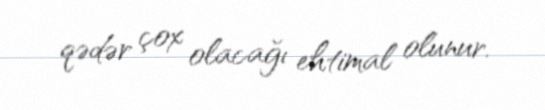
qədər çox olacağı ehtimal olunur.